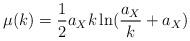
LaTeX: \begin{align*} \mu(k) = \frac 12 a_X k\ln(\frac{a_X}{k} + a_X)\end{align*}